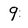
Character: 9